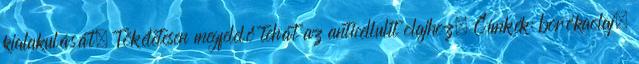
kialakulását. Tökéletesen megfelelő tehát az anticellulit olajhoz. Címkék: borókaolaj,